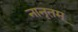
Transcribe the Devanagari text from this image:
नानृतम्